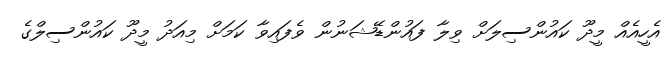
އެހީއެއް މީދޫ ކައުންސިލަށް ވިލާ ފައުންޑޭޝަނުން ވެފައިވާ ކަމަށް މިއަދު މީދޫ ކައުންސިލްގެ